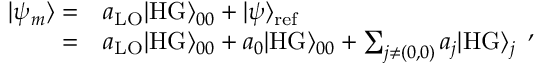
\begin{array} { r l } { | \psi _ { m } \rangle = } & { a _ { \mathrm { L O } } | \mathrm { H G } \rangle _ { 0 0 } + | \psi \rangle _ { \mathrm { r e f } } } \\ { = } & { a _ { \mathrm { L O } } | \mathrm { H G } \rangle _ { 0 0 } + a _ { 0 } | \mathrm { H G } \rangle _ { 0 0 } + \sum _ { j \neq ( 0 , 0 ) } a _ { j } | \mathrm { H G } \rangle _ { j } } \end{array} ,